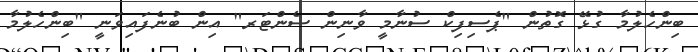
ބިންހެލުމާ ގުޅޭ ގޮތުން "ޕެސިފިކް ސުނާމީ ވާނިން ސެންޓަރ" އިން ބުނެފައިވަނީ "ބިންހެލުމާ